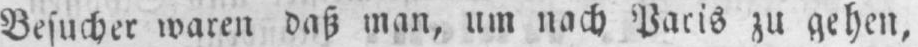
Besucher waren daß man, um nach Paris zu gehen,